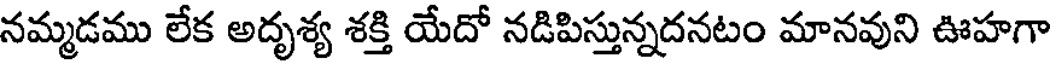
నమ్మడము లేక అదృశ్య శక్తి యేదో నడిపిస్తున్నదనటం మానవుని ఊహగా